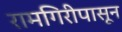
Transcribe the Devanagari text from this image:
रामगिरीपासून